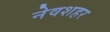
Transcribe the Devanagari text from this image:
नेवशहर